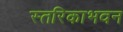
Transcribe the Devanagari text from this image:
स्तरिकाभवन